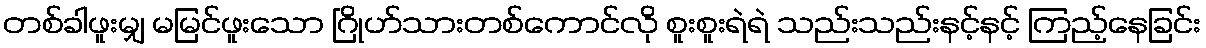
တစ်ခါဖူးမျှ မမြင်ဖူးသော ဂြိုဟ်သားတစ်ကောင်လို စူးစူးရဲရဲ သည်းသည်းနင့်နင့် ကြည့်နေခြင်း